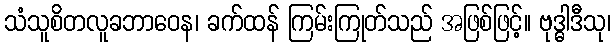
သံသူစိတလူခဘာဝေန၊ ခက်ထန် ကြမ်းကြုတ်သည် အဖြစ်ဖြင့်။ ဗုဒ္ဓါဒီသု၊